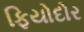
ફિયોદોર